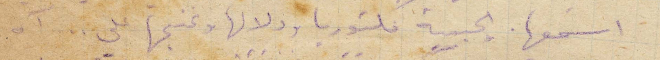
اسمعها والحبيبة فكتوريا ودلالها وغنجها علي... آه